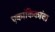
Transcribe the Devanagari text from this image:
एकांकिकांचा